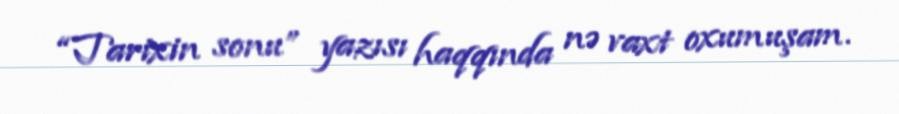
“Tarixin sonu” yazısı haqqında nə vaxt oxumuşam.